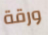
ورقة